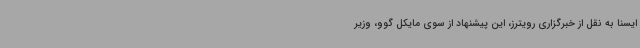
ایسنا به نقل از خبرگزاری رویترز، این پیشنهاد از سوی مایکل گوو، وزیر